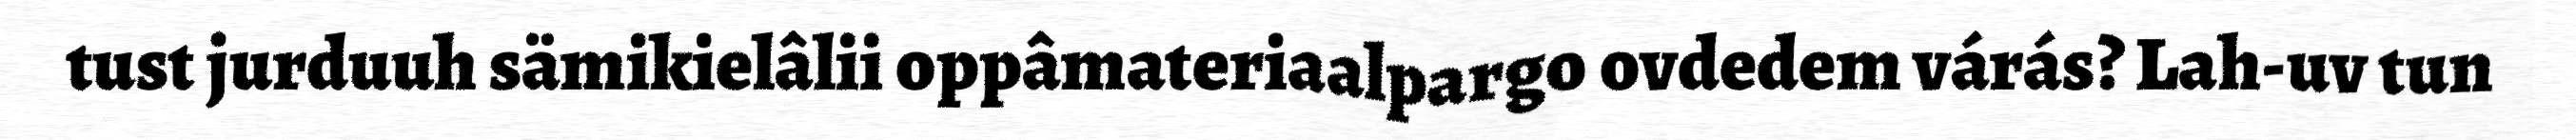
tust jurduuh sämikielâlii oppâmateriaalpargo ovdedem várás? Lah-uv tun